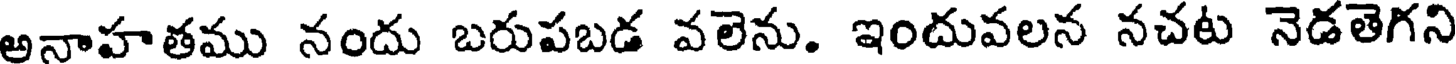
అనాహతము నందు బరుపబడ వలెను. ఇందువలన నచట నెడతెగని